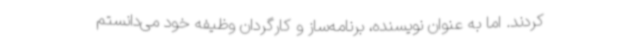
کردند. اما به عنوان نویسنده، برنامه‌ساز و کارگردان وظیفه خود می‌دانستم